Supplement to the account of plague administration in the Bombay Presidency from September 1896 till May 1897
Year: 1896
Disease focus: Plague
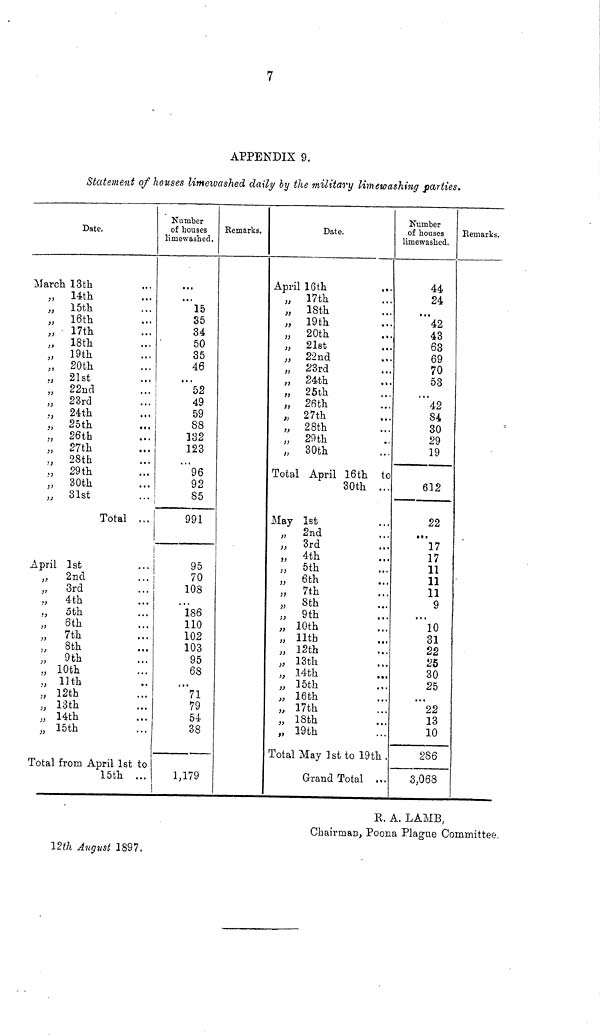
7
APPENDIX 9.
Statement of houses limewashed daily by the military limewashing parties.
Date.
March 13th
,, 14th ...
„ 15th ...
„ 16th ...
„ 17th ...
„ 18th ...
„ 19th ...
„ 20th ...
,, 21st ...
,, 22nd ...
„ 23rd ...
,, 24th ...
,, 25th ...
,, 26th ...
,, 27th ...
,, 28th ...
,, 29th ...
,, 30th ...
,, 31st ...
Total ...
April 1st
2nd
3rd
4-th
5th
6th
7th
8th
9th
10th
,, 11th
12th
, 13th
,, 14th
,, 15th
Total from April 1st to
15th ...
Number
of houses
limewashed.
...
15
35
34
50
35
46
...
52
49
59
88
132
123
...
96
92
85
991
95
70
108
...
186
110
102
103
95
68
...
71
79
54
38
1,179
Remarks.
Date.
April 16th ...
,, 17th ...
„ 18th ...
„ 19th ...
„ 20th ...
„ 21st ...
„ 22nd ...
„ 23rd ...
„ 24th ...
„ 25th ...
„ 26th ...
„ 27th ...
„ 28th ...
„ 29th ...
,, 30th ...
Total April 16th to
30th ...
May 1st ...
„ 2nd ...
„ 3rd ...
„ 4th ...
„ 5th ...
„ 6th ...
„ 7th ...
„ 8th ...
„ 9th ...
„ 10th ...
„ 11th ...
„ 12th ...
„ 13th ...
„ 14th ...
„ 15th ...
„ 16th ...
„ 17th ...
„ 18th ...
„ 19th ...
Total May 1st to 19th.
Grand Total ...
Number
of houses
limewashed.
44
24
...
42
43
63
69
70
53
...
42
84
30
29
19
612
22
...
17
17
11
11
11
9
...
10
31
22
25
30
25
...
22
13
10
286
3,068
Remarks.
R. A. LAMB,
Chairman, Poona Plague Committee.
12th August 1897.